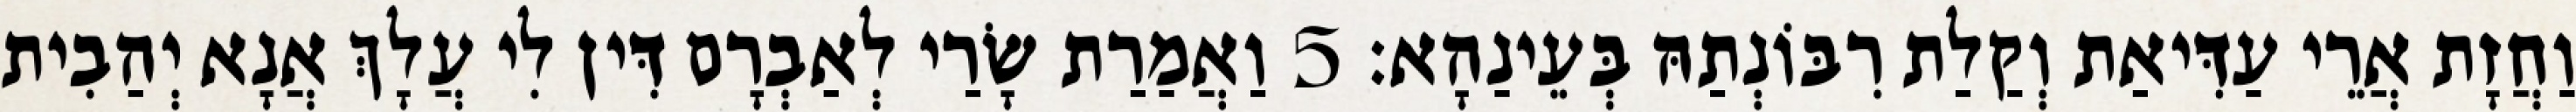
וַחֲזָת אֲרֵי עַדִּיאַת וְקַלַת רִבּוֹנְתַהּ בְּעֵינַהָא׃ 5 וַאֲמַרַת שָׂרַי לְאַבְרָם דִּין לִי עֲלָךְ אֲנָא יְהַבִית